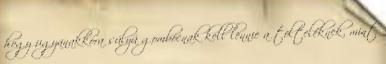
hogy ugyanakkora súlyú gombócnak kell lennie a tölteléknek, mint